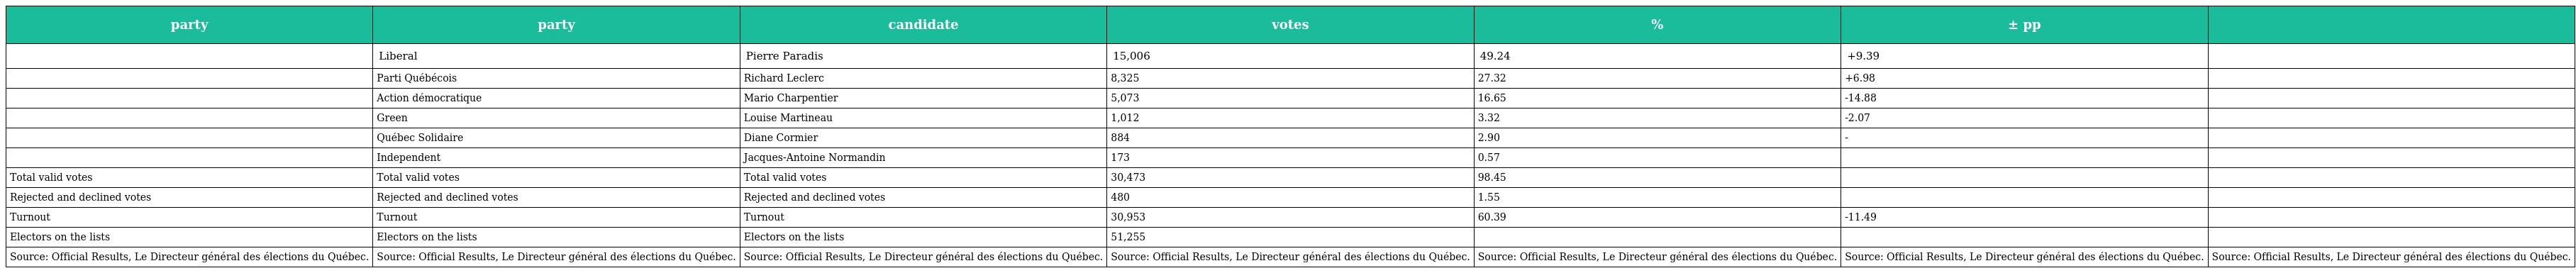
| party | party | candidate | votes | % | ± pp |  |
 | --- | --- | --- | --- | --- | --- | --- |
 |  | Liberal | Pierre Paradis | 15,006 | 49.24 | +9.39 |  |
 |  | Parti Québécois | Richard Leclerc | 8,325 | 27.32 | +6.98 |  |
 |  | Action démocratique | Mario Charpentier | 5,073 | 16.65 | -14.88 |  |
 |  | Green | Louise Martineau | 1,012 | 3.32 | -2.07 |  |
 |  | Québec Solidaire | Diane Cormier | 884 | 2.90 | - |  |
 |  | Independent | Jacques-Antoine Normandin | 173 | 0.57 |  |  |
 | Total valid votes | Total valid votes | Total valid votes | 30,473 | 98.45 |  |  |
 | Rejected and declined votes | Rejected and declined votes | Rejected and declined votes | 480 | 1.55 |  |  |
 | Turnout | Turnout | Turnout | 30,953 | 60.39 | -11.49 |  |
 | Electors on the lists | Electors on the lists | Electors on the lists | 51,255 |  |  |  |
 | Source: Official Results, Le Directeur général des élections du Québec. | Source: Official Results, Le Directeur général des élections du Québec. | Source: Official Results, Le Directeur général des élections du Québec. | Source: Official Results, Le Directeur général des élections du Québec. | Source: Official Results, Le Directeur général des élections du Québec. | Source: Official Results, Le Directeur général des élections du Québec. | Source: Official Results, Le Directeur général des élections du Québec. |